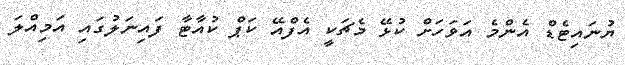
ޔުނައިޓެޑް އެންމެ އަވަހަށް ކުޅޭ މެޗަކީ އެފްއޭ ކަޕް ކުއާޓާ ފައިނަލުގައި އަމިއްލަ